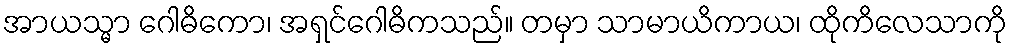
အာယသ္မာ ဂေါဓိကော၊ အရှင်ဂေါဓိကသည်။ တမှာ သာမာယိကာယ၊ ထိုကိလေသာကို